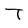
Character: T